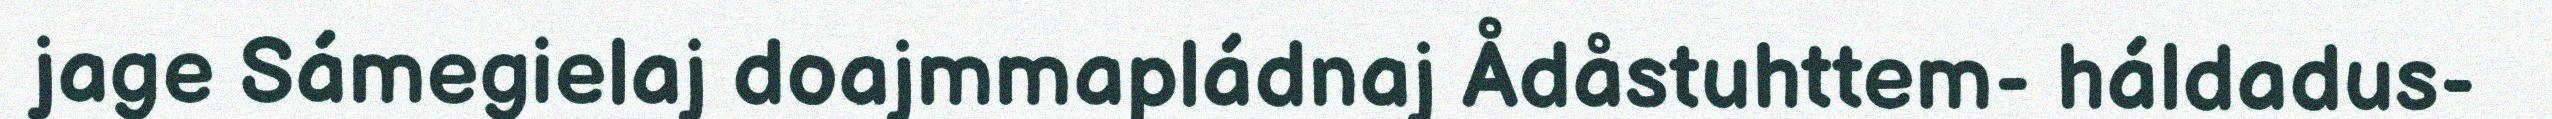
jage Sámegielaj doajmmapládnaj Ådåstuhttem- háldadus-